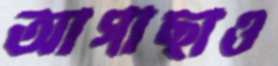
আগাছাও